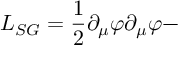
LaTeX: { \cal L } _ { S G } = \frac { 1 } { 2 } \partial _ { \mu } \varphi \partial _ { \mu } \varphi -